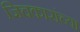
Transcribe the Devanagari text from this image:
जिचकारांच्या